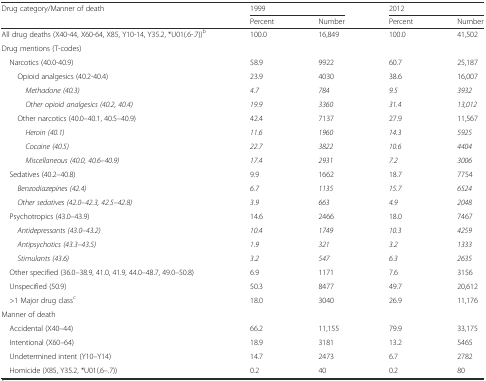
<table><thead><tr><td rowspan="2"><b>Drug category/Manner of death</b></td><td colspan="2"><b>1999</b></td><td colspan="2"><b>2012</b></td></tr><tr><td><b>Percent</b></td><td><b>Number</b></td><td><b>Percent</b></td><td><b>Number</b></td></tr></thead><tbody><tr><td>All drug deaths (X40-44, X60-64, X85, Y10-14, Y35.2, *U01(.6-.7))<sup>b</sup></td><td>100.0</td><td>16,849</td><td>100.0</td><td>41,502</td></tr><tr><td>Drug mentions (T-codes)</td><td></td><td></td><td></td><td></td></tr><tr><td> Narcotics (40.0-40.9)</td><td>58.9</td><td>9922</td><td>60.7</td><td>25,187</td></tr><tr><td>Opioid analgesics (40.2-40.4)</td><td>23.9</td><td>4030</td><td>38.6</td><td>16,007</td></tr><tr><td><i>Methadone (40.3)</i></td><td><i>4.7</i></td><td><i>784</i></td><td><i>9.5</i></td><td><i>3932</i></td></tr><tr><td><i>Other opioid analgesics (40.2, 40.4)</i></td><td><i>19.9</i></td><td><i>3360</i></td><td><i>31.4</i></td><td><i>13,012</i></td></tr><tr><td>Other narcotics (40.0–40.1, 40.5–40.9)</td><td>42.4</td><td>7137</td><td>27.9</td><td>11,567</td></tr><tr><td><i>Heroin (40.1)</i></td><td><i>11.6</i></td><td><i>1960</i></td><td><i>14.3</i></td><td><i>5925</i></td></tr><tr><td><i>Cocaine (40.5)</i></td><td><i>22.7</i></td><td><i>3822</i></td><td><i>10.6</i></td><td><i>4404</i></td></tr><tr><td><i>Miscellaneous (40.0, 40.6</i>–<i>40.9)</i></td><td><i>17.4</i></td><td><i>2931</i></td><td><i>7.2</i></td><td><i>3006</i></td></tr><tr><td> Sedatives (40.2–40.8)</td><td>9.9</td><td>1662</td><td>18.7</td><td>7754</td></tr><tr><td><i>Benzodiazepines (42.4)</i></td><td><i>6.7</i></td><td><i>1135</i></td><td><i>15.7</i></td><td><i>6524</i></td></tr><tr><td><i>Other sedatives (42.0</i>–<i>42.3, 42.5</i>–<i>42.8)</i></td><td><i>3.9</i></td><td><i>663</i></td><td><i>4.9</i></td><td><i>2048</i></td></tr><tr><td> Psychotropics (43.0–43.9)</td><td>14.6</td><td>2466</td><td>18.0</td><td>7467</td></tr><tr><td><i>Antidepressants (43.0</i>–<i>43.2)</i></td><td><i>10.4</i></td><td><i>1749</i></td><td><i>10.3</i></td><td><i>4259</i></td></tr><tr><td><i>Antipsychotics (43.3</i>–<i>43.5)</i></td><td><i>1.9</i></td><td><i>321</i></td><td><i>3.2</i></td><td><i>1333</i></td></tr><tr><td><i>Stimulants (43.6)</i></td><td><i>3.2</i></td><td><i>547</i></td><td><i>6.3</i></td><td><i>2635</i></td></tr><tr><td> Other specified (36.0–38.9, 41.0, 41.9, 44.0–48.7, 49.0–50.8)</td><td>6.9</td><td>1171</td><td>7.6</td><td>3156</td></tr><tr><td> Unspecified (50.9)</td><td>50.3</td><td>8477</td><td>49.7</td><td>20,612</td></tr><tr><td> &gt;1 Major drug class<sup>c</sup></td><td>18.0</td><td>3040</td><td>26.9</td><td>11,176</td></tr><tr><td>Manner of death</td><td></td><td></td><td></td><td></td></tr><tr><td> Accidental (X40–44)</td><td>66.2</td><td>11,155</td><td>79.9</td><td>33,175</td></tr><tr><td> Intentional (X60–64)</td><td>18.9</td><td>3181</td><td>13.2</td><td>5465</td></tr><tr><td> Undetermined intent (Y10–Y14)</td><td>14.7</td><td>2473</td><td>6.7</td><td>2782</td></tr><tr><td> Homicide (X85, Y35.2, *U01(.6–.7))</td><td>0.2</td><td>40</td><td>0.2</td><td>80</td></tr></tbody></table>